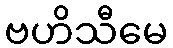
ဗဟိသီမေ